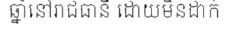
ឆ្នាំនៅរាជធានី ដោយមិនដាក់